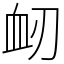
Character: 衂